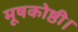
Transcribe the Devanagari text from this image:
मूषकोष्ठी।